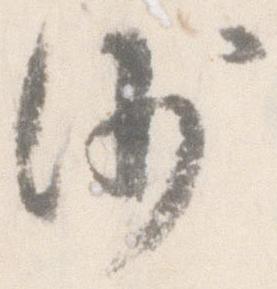
沙